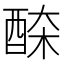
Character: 𨠹